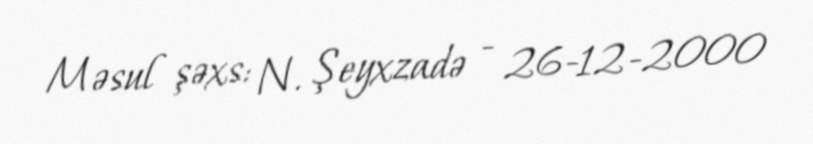
Məsul şəxs: N. Şeyxzadə - 26-12-2000